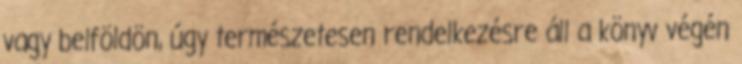
vagy belföldön, úgy természetesen rendelkezésre áll a könyv végén